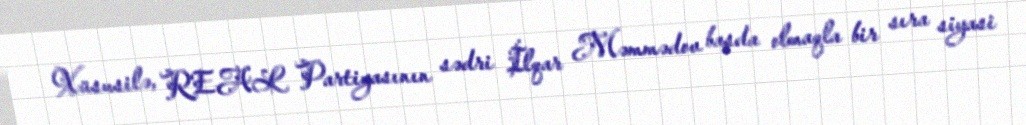
Xüsusilə, REAL Partiyasının sədri İlqar Məmmədov başda olmaqla bir sıra siyasi